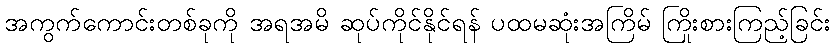
အကွက်ကောင်းတစ်ခုကို အရအမိ ဆုပ်ကိုင်နိုင်ရန် ပထမဆုံးအကြိမ် ကြိုးစားကြည့်ခြင်း